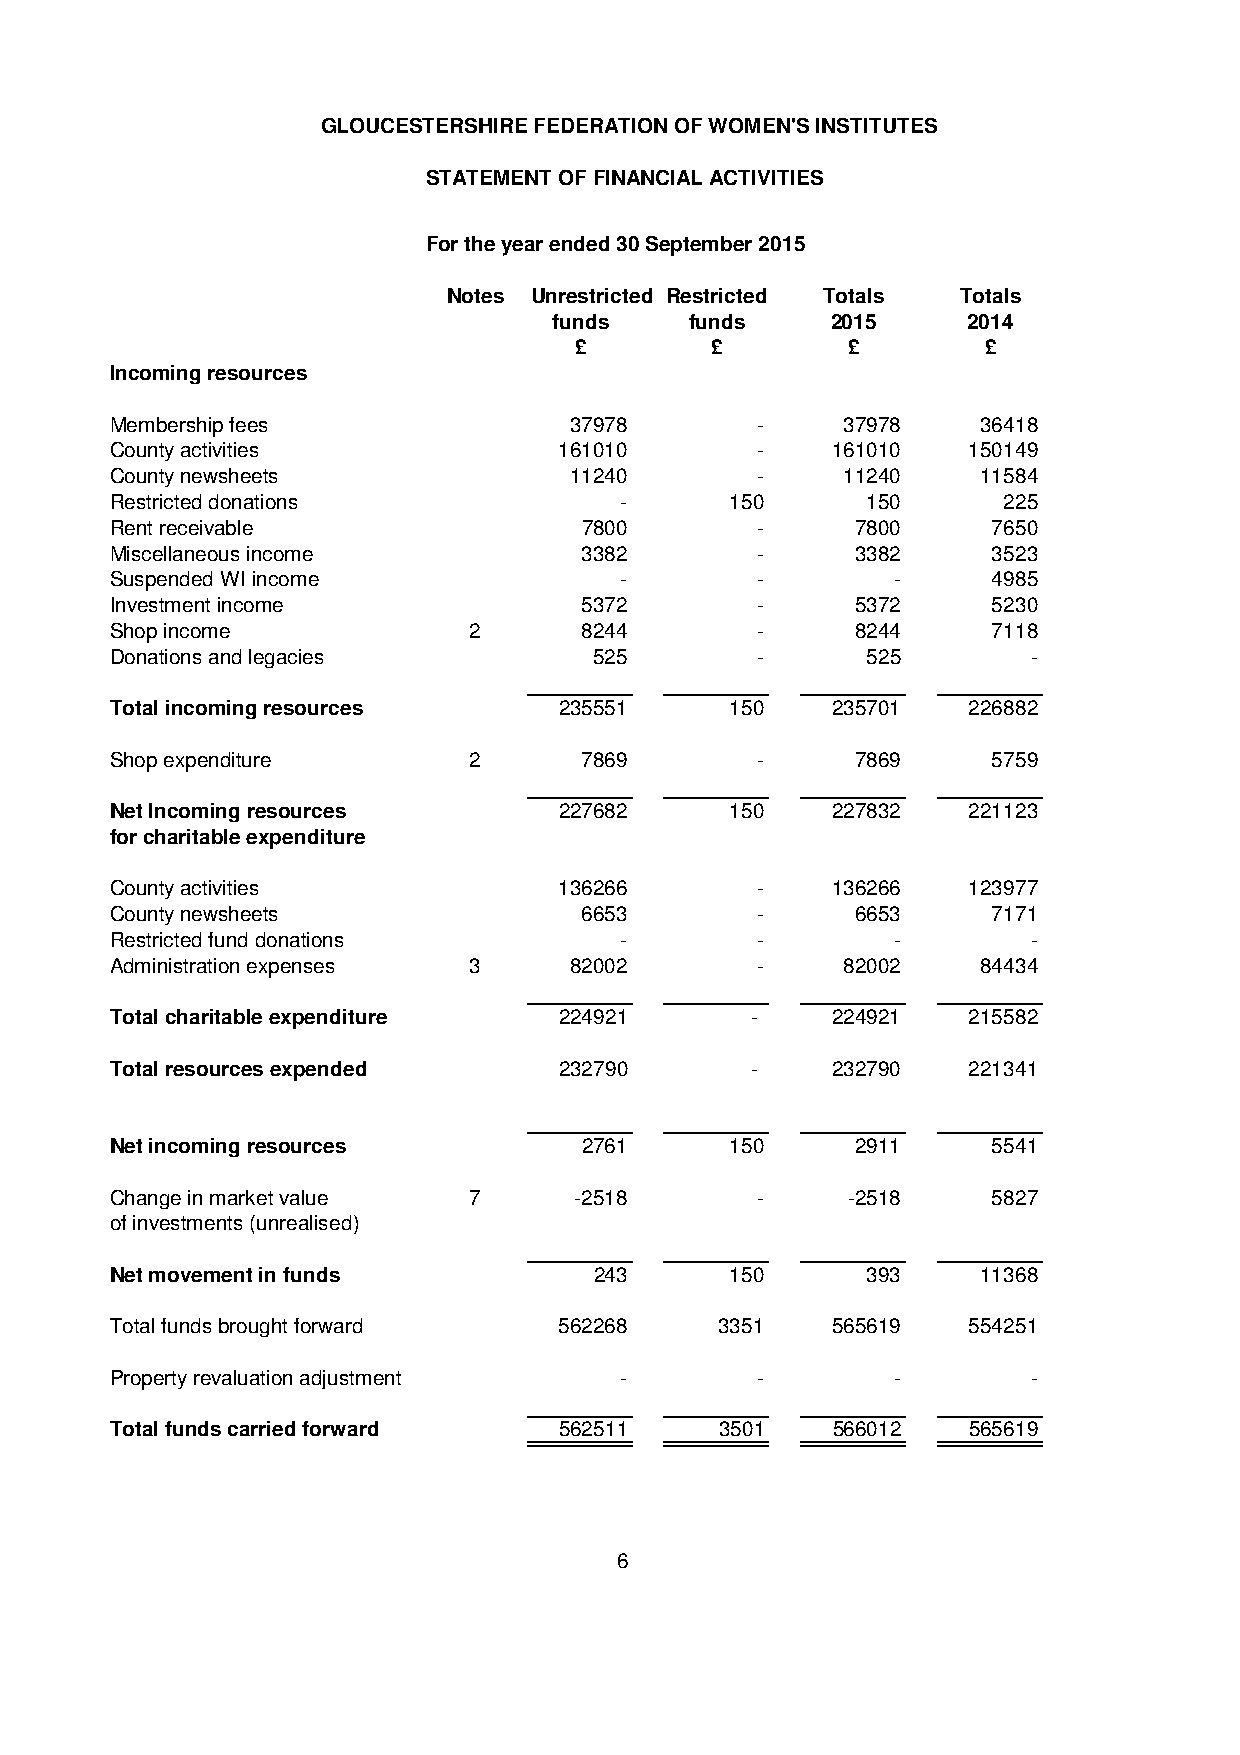
GLOUCESTERSHIRE FEDERATION OF WOMEN'S INSTITUTES
 STATEMENT OF FINANCIAL ACTIVITIES
 For the year ended 30 September 2015
 Notes Unrestricted Restricted Totals Totals
 funds    funds    2015     2014
 £        £        £        £
 Incoming resources
 Membership fees                37978       -     37978    36418
 County activities             161010       -    161010   150149
 County newsheets               11240       -     11240    11584
 Restricted donations              -      150      150      225
 Rent receivable                 7800       -      7800     7650
 Miscellaneous income            3382       -      3382     3523
 Suspended WI income               -        -        -      4985
 Investment income               5372       -      5372     5230
 Shop income             2       8244       -      8244     7118
 Donations and legacies          525        -      525        -
 Total incoming resources      235551     150    235701   226882
 Shop expenditure        2       7869       -      7869     5759
 Net Incoming resources        227682     150    227832   221123
 for charitable expenditure
 County activities             136266       -    136266   123977
 County newsheets                6653       -      6653     7171
 Restricted fund donations         -        -        -        -
 Administration expenses 3      82002       -     82002    84434
 Total charitable expenditure  224921       -    224921   215582
 Total resources expended      232790       -    232790   221341
 Net incoming resources          2761     150      2911     5541
 Change in market value  7      -2518       -     -2518     5827
 of investments (unrealised)
 Net movement in funds           243      150      393     11368
 Total funds brought forward   562268     3351   565619   554251
 Property revaluation adjustment   -        -        -        -
 Total funds carried forward   562511     3501   566012   565619
 6